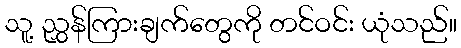
သူ့ ညွှန်ကြားချက်တွေကို တင်ဝင်း ယုံသည်။